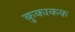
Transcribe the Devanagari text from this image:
कुकाकक